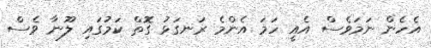
އެހެން ނަމަވެސް އެއީ ހަމަ އެންމެ ރަނގަޅު ގޮތް ކަމުގައި ލޫނާ ވެސް